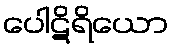
ပေါဋိရိယော